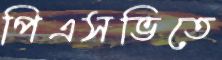
পিএসভিতে